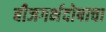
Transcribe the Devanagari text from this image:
बीजगर्भदोषाचा